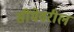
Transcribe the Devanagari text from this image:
सींमेवरील